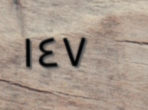
١٤٧